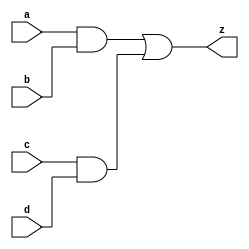

module combo ( input a, b, c, d, output reg z);
  always @ (a or b or c or d) begin
    z = (a & b) | (c & d);
  end
endmodule